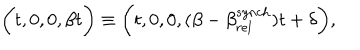
\bigg ( t , 0 , 0 , \beta t \bigg ) \equiv \bigg ( t , 0 , 0 , ( \beta - \beta _ { r e l } ^ { s y n c h } ) t + \delta \bigg ) ,